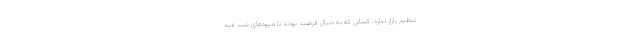
تنظیم بازار ندارد. کسانی که به دنبال فرصت بودند تا میوه‌های شب عید